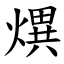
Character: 熼